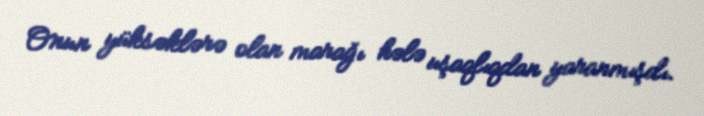
Onun yüksəklərə olan marağı hələ uşaqlıqdan yaranmışdı.